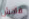
فاحش